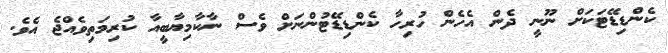
ކެންޑިޑޭޓަކަށް ނޫނީ ދެން އެހެން ހުރިހާ ކެންޑިޑޭޓުންނަށް ވެސް ނާކާމިޔާބީއާ ކުރިމަތިވެއްޖެ އެވެ.